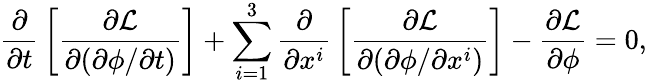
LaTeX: {\frac{\partial}{\partial t}}\left[{\frac{\partial{\mathcal{L}}}{\partial(\partial\phi/\partial t)}}\right]+\sum_{i=1}^{3}{\frac{\partial}{\partial x^{i}}}\left[{\frac{\partial{\mathcal{L}}}{\partial(\partial\phi/\partial x^{i})}}\right]-{\frac{\partial{\mathcal{L}}}{\partial\phi}}=0,